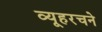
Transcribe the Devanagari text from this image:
व्यूहरचने